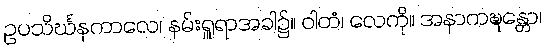
ဥပသိင်္ဃနကာလေ၊ နမ်းရှူရာအခါ၌။ ဝါတံ၊ လေကို။ အနာကဍ္ဎန္တော၊